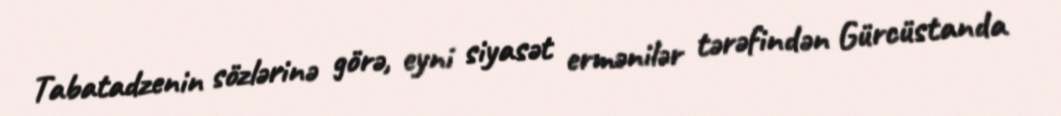
Tabatadzenin sözlərinə görə, eyni siyasət ermənilər tərəfindən Gürcüstanda